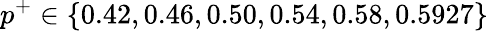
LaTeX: p^{+}\in\{ 0.42,0.46,0.50,0.54,0.58,0.5927\}